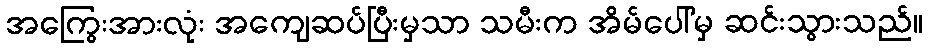
အကြွေးအားလုံး အကျေဆပ်ပြီးမှသာ သမီးက အိမ်ပေါ်မှ ဆင်းသွားသည်။